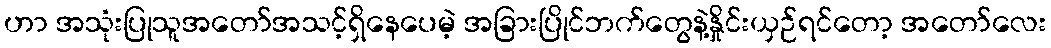
ဟာ အသုံးပြုသူအတော်အသင့်ရှိနေပေမဲ့ အခြားပြိုင်ဘက်တွေနဲ့နှိုင်းယှဉ်ရင်တော့ အတော်လေး